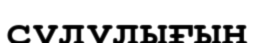
сүлулығын